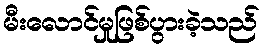
မီးလောင်မှုဖြစ်ပွားခဲ့သည်